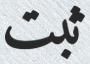
ثبت